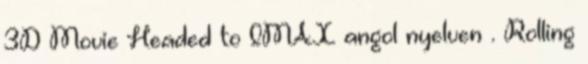
3D Movie Headed to IMAX angol nyelven . Rolling